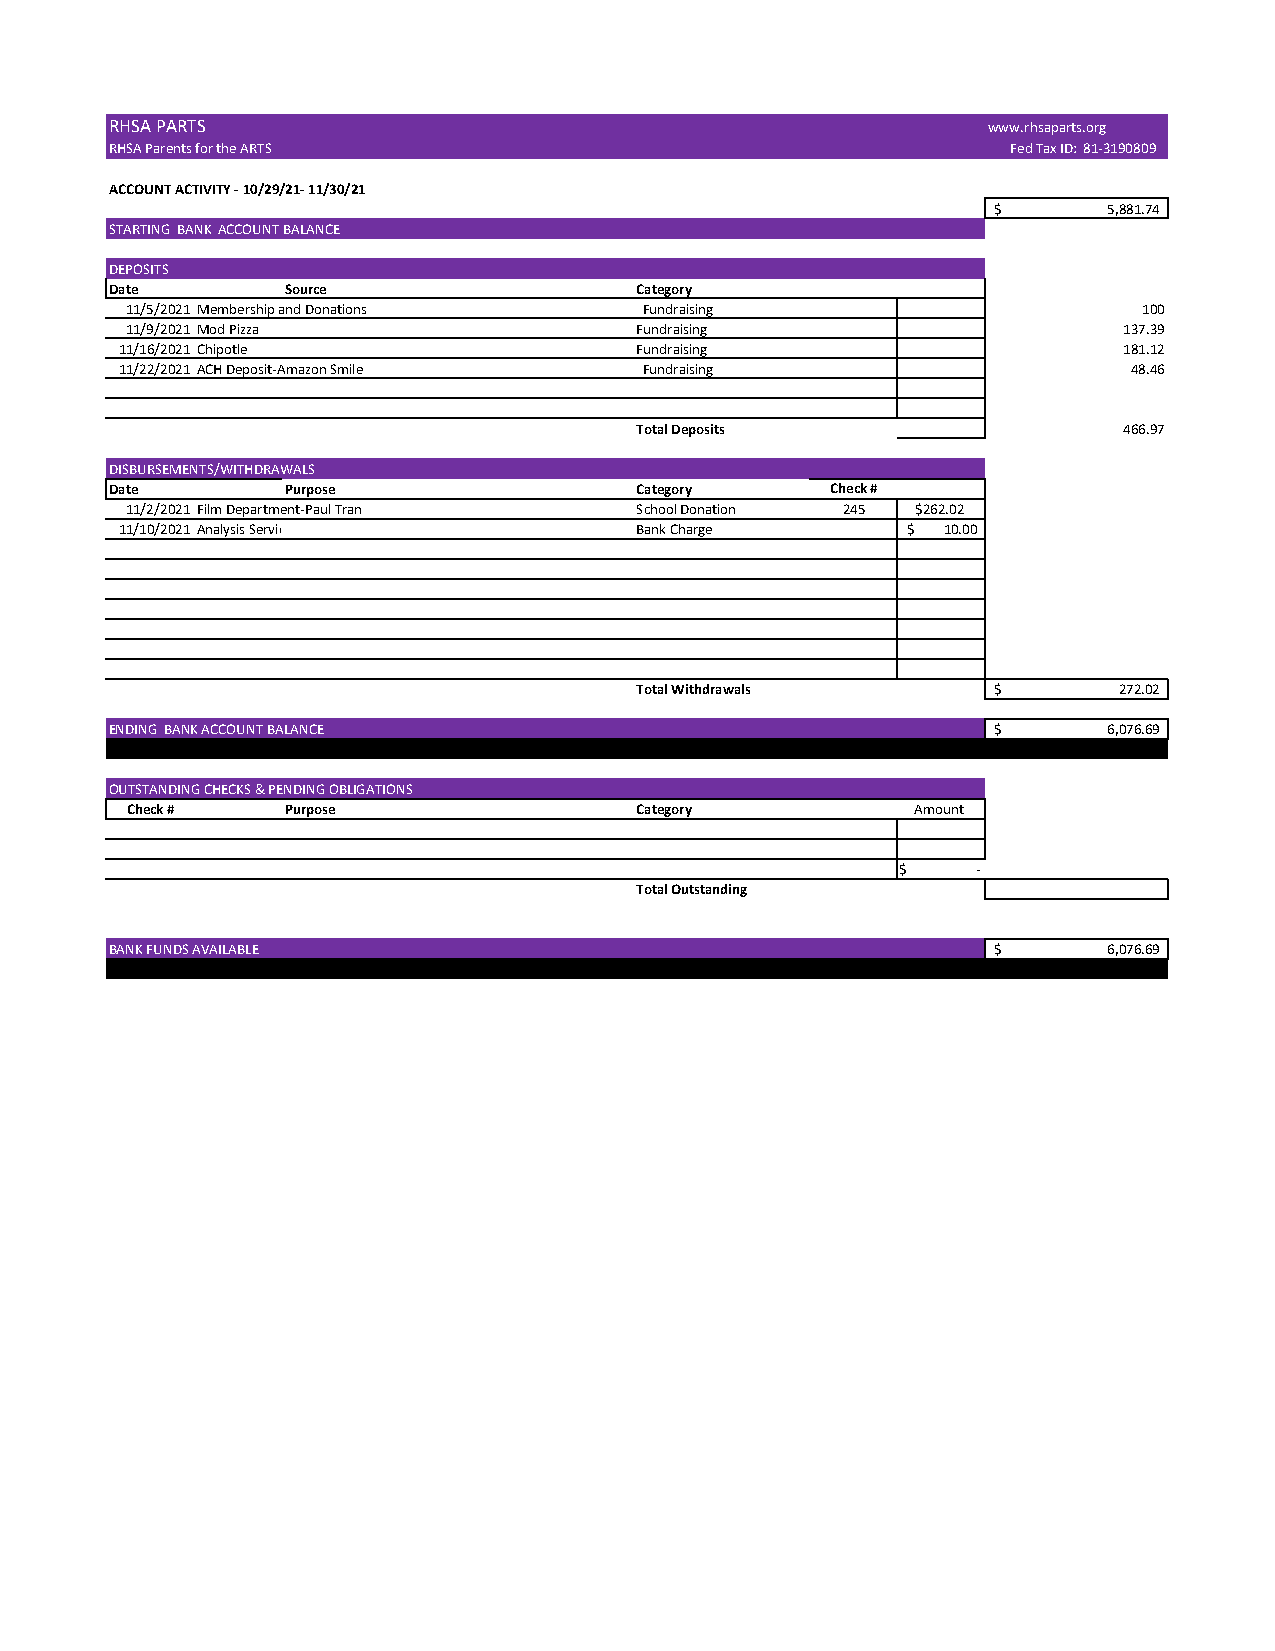
RHSA PARTS                                                www.rhsaparts.org
 RHSA Parents for the ARTS                                   Fed Tax ID: 81-3190809
 ACCOUNT ACTIVITY - 10/29/21- 11/30/21
 $      5 ,881.74
 STARTING BANK ACCOUNT BALANCE
 DEPOSITS
 Date        Source                 Category
 11/5/2021Membership and Donations  Fundraising                      100
 11/9/2021Mod Pizza                Fundraising                     137.39
 11/16/2021Chipotle                Fundraising                     181.12
 11/22/2021ACH Deposit-Amazon Smile Fundraising                     48.46
 Total Deposits                  466.97
 DISBURSEMENTS/WITHDRAWALS
 Date        Purpose                Category     Check #
 11/2/2021Film Department-Paul Tran School Donation 245 $262.02
 11/10/2021Analysis Service Charge Bank Charge       $ 1 0.00
 Total Withdrawals       $       2 72.02
 ENDING BANK ACCOUNT BALANCE                                $      6 ,076.69
 \
 OUTSTANDING CHECKS & PENDING OBLIGATIONS
 Check #    Purpose                Category           Amount
 $    -
 Total Outstanding
 BANK FUNDS AVAILABLE                                       $      6 ,076.69